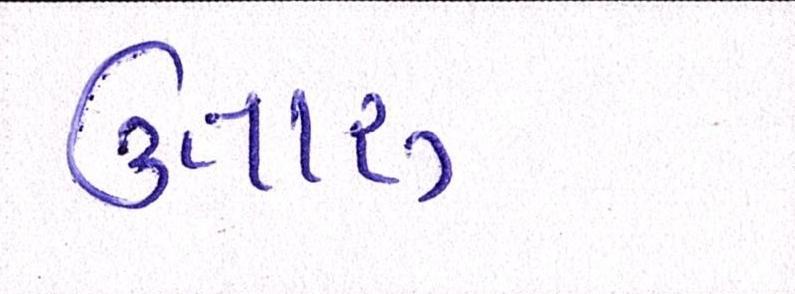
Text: ઉતારુ